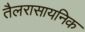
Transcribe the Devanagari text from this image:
तैलरासायनिक